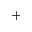
+